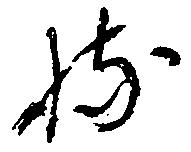
持